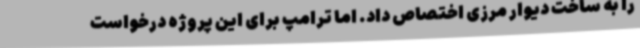
را به ساخت دیوار مرزی اختصاص داد. اما ترامپ برای این پروژه درخواست